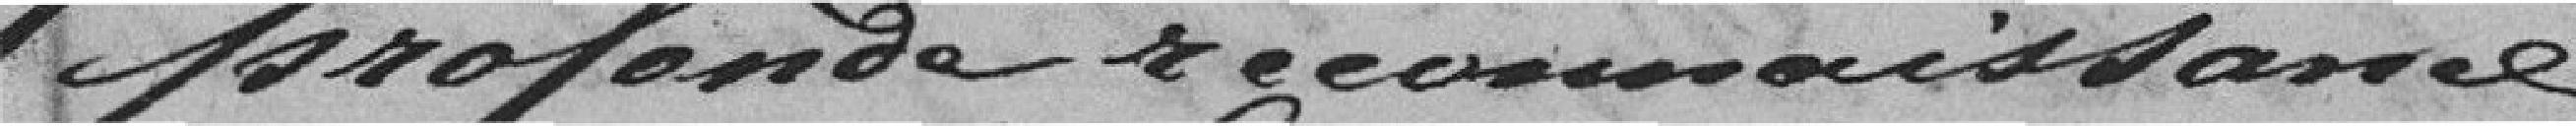
profonda &genomaissance